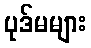
ပုဒ်မများ